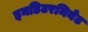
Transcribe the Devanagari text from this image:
इनडिटरमिनेट